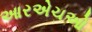
આરએચઓ